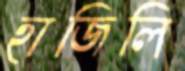
হাজিলি